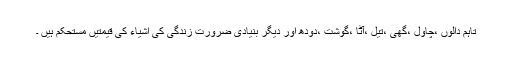
تاہم دالوں ،چاول ،گھی ،تیل ،آٹا ،گوشت ،دودھ اور دیگر بنیادی ضرورت زندگی کی اشیاء کی قیمتیں مستحکم ہیں ۔